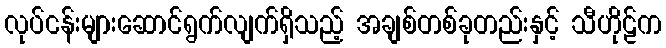
လုပ်ငန်းများဆောင်ရွက်လျက်ရှိသည့် အချစ်တစ်ခုတည်းနှင့် သီဟိုဠ်က